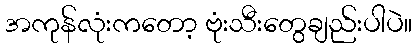
အကုန်လုံးကတော့ ဗုံးသီးတွေချည်းပါပဲ။